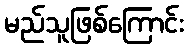
မည်သူဖြစ်ကြောင်း